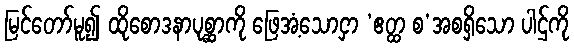
မြင်တော်မူ၍ ထိုစောဒနာပုစ္ဆာကို ဖြေအံ့သောငှာ ‘ဧတ္ထ စ’အစရှိသော ပါဌ်ကို